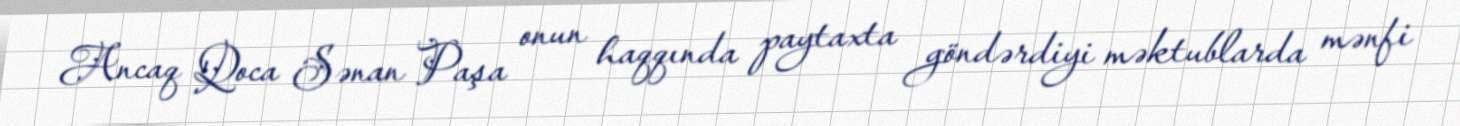
Ancaq Qoca Sənan Paşa onun haqqında paytaxta göndərdiyi məktublarda mənfi